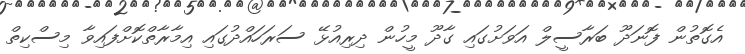
އެގޮތުން ފޮނަދޫ ބަރާސީލް އަވަށުގައި ގާދޫ މީހުން ދިރިއުޅޭ ސަރަހައްދުގައި އިމާރާތްކޮށްފައިވާ މިސްކިތް